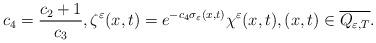
LaTeX: \begin{align*} c_4 = \frac{c_2+1}{c_3}, \zeta^\varepsilon(x,t) = e^{-c_4\sigma_\varepsilon(x,t)}\chi^\varepsilon(x,t), (x,t) \in \overline{Q_{\varepsilon,T}}. \end{align*}